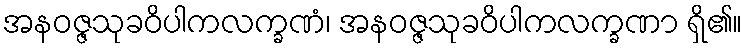
အနဝဇ္ဇသုခဝိပါကလက္ခဏံ၊ အနဝဇ္ဇသုခဝိပါကလက္ခဏာ ရှိ၏။